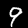
Label: 9